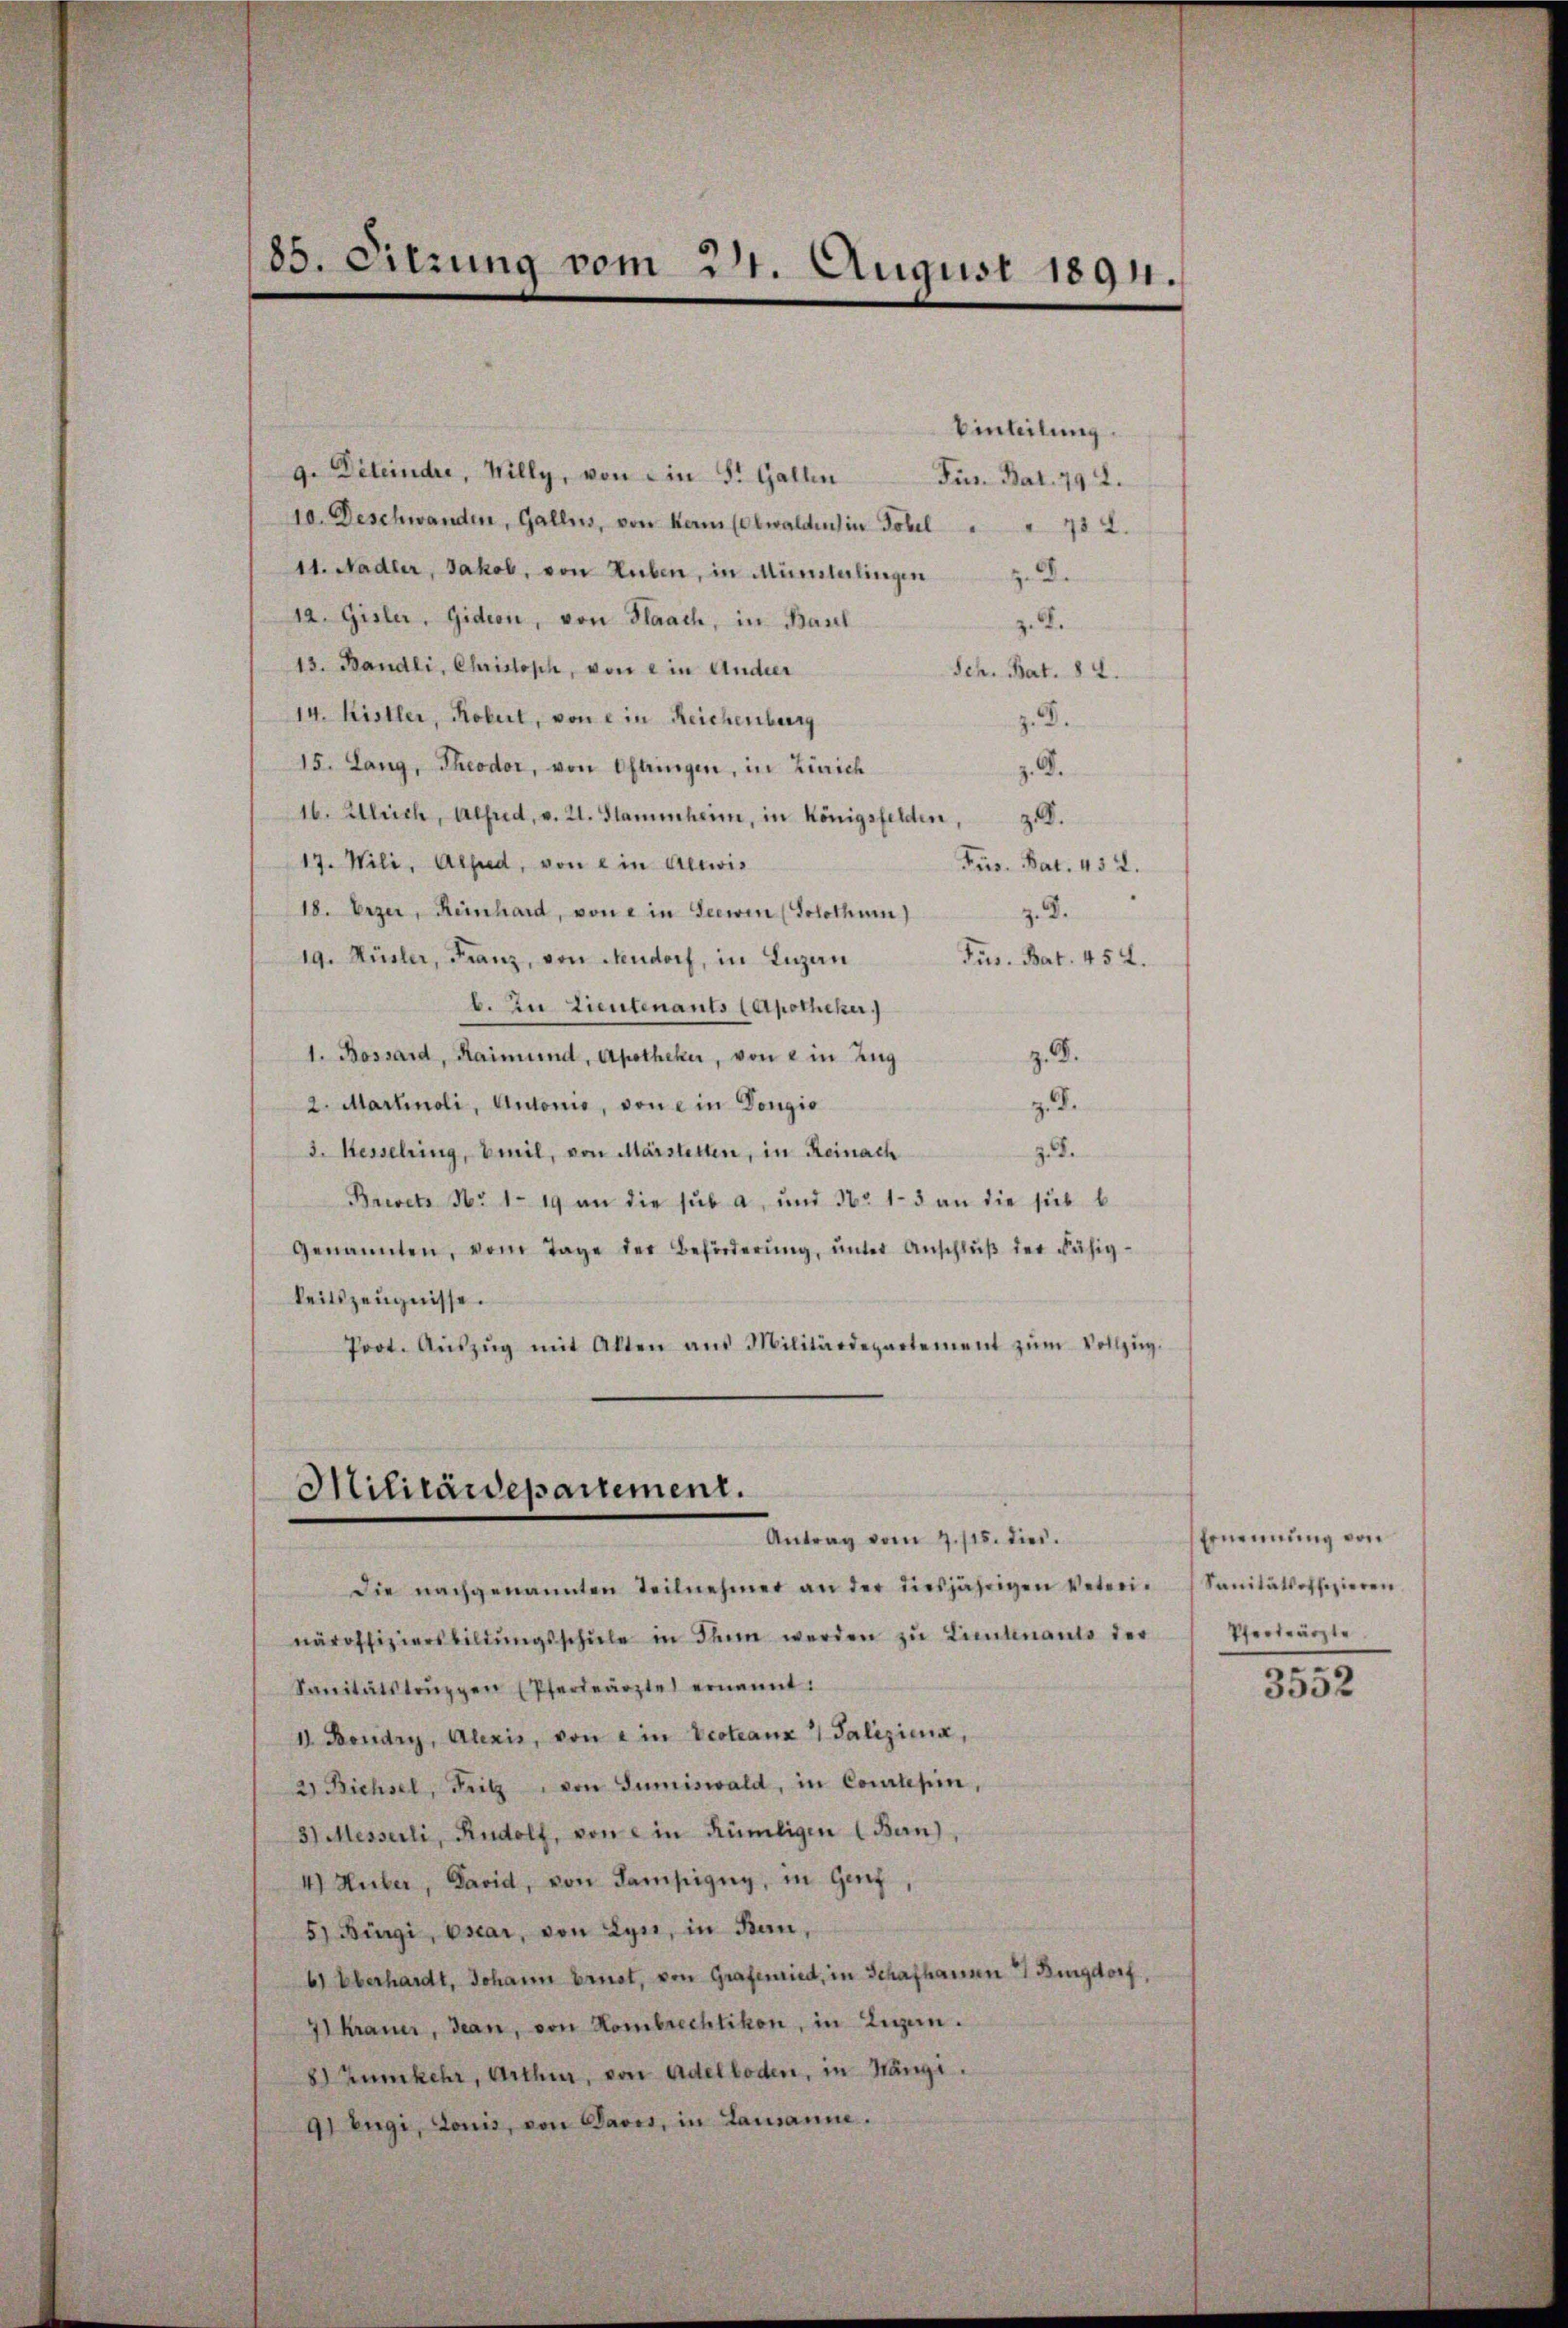
85. Sitzung vom 21. August 1891.

Einteilung.
g. Déteinder, Willy, von ein St. Gallen Fus. Bat. 792.
10. Deschwanden, Galles, von kern (Obwalden in Tobel " " 732.
11. Nadler, Jakob, von Huben, in Münsterlingen d.
12. Gisler, Gidion, von Flaach, in Basel
z. B.
13. Bandli, Christoph, von ein Ander
Sch. Bat. 82.
14. Kistler, Robert, von ein Reichenburg
z. B.
15. Lang, Theodor, von Oftringen, in Zürich
.G.
16. Ulrich, Alfred, v. 21. Stammheim, in Königsfelden, z.
17. Wili, Alped, von ein Altwis
Frs. Bat. 452.
18. Erzer, Reinhard, von ein Seewen (Solothum)
z. B.
19. Hüsler, Franz, von Neudorf, in Luzern
Fus. Bat. 452.
b. Zu Lieutenants (Apotheker
z. B.
1. Bossard, Raimund, Apotheker, von 2 in Zug
2. Martinoli, Antonio, von ein Dougio
z. d.
3. Kesselring, Emil, von Märstetten, in Reinach
zude
Brevets Nr 1. 19 an die sub a. und No 1-3 an die sub b.
genannten, vom Tage der Beförderŭng ŭnter Anschlŭβ der Fähig-
keitszeugnisse.
Poot. Aŭszŭg mit Alten aus Militärdepartement zŭm Vollzŭg.

Militärdepartement.
Antrag vom 7. 115. dies

Die nachgenannten Teilnehmer an der diesjährigen Vetreinäroffiziersbildŭngsschŭle in Thun werden zu Linienants der
Sanitätstruppen (Pferdeärzte ernannt:
1 Boudry, Alexis, von ein Veoteanx 1 Galiziena,
2) Bichsel, Fritz von Gumiswald, in Conclesin,
31 Messerli, Rudolf, von ein Rümeligen (Ban),
4 Huber, David, von Sampigny, in Genf
5) Bürgi, Escar, von Lyn, in Bern,
6) Überhardt, Johann brust, von Grafenried, in Schafhausen 4 Burgdorf,
41 krauer, dean, von Hombrechtikon, in Ligen.
8) Zumkehr, Arthur, von Adelboden, in Hänge.
91 Engi, donis, von Davos, in Lausanne.

Ernennung von
Sanitätsoffizieren.
Pferterärzte

3552